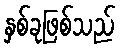
နှစ်ခုဖြစ်သည်